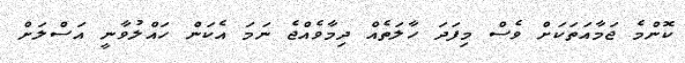
ކޮންމެ ޖަމާއަތަކަށް ވެސް މިފަދަ ހާލަތެއް ދިމާވެއްޖެ ނަމަ އެކަން ހައްލުވާނީ އަސްލަށް